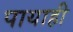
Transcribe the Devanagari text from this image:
पायाही